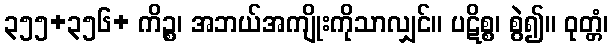
၃၅၅+၃၅၆+ ကိဉ္စ၊ အဘယ်အကျိုးကိုသာလျှင်။ ပဋိစ္စ၊ စွဲ၍။ ဝုတ္တံ၊